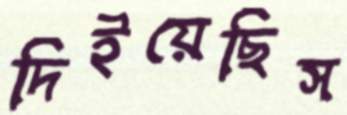
দিইয়েছিস